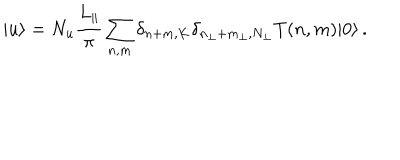
| u \rangle = N _ { u } \frac { L _ { \| } } { \pi } \sum _ { n , m } \delta _ { n + m , K } \delta _ { n _ { \perp } + m _ { \perp } , N _ { \perp } } T ( n , m ) | 0 \rangle \, .